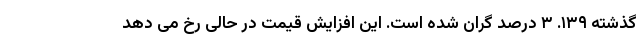
گذشته ۱۳۹. ۳ درصد گران شده است. این افزایش قیمت در حالی رخ می دهد